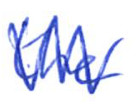
Text: the
Cross-out: zig-zag
Writing tool: ballpoint